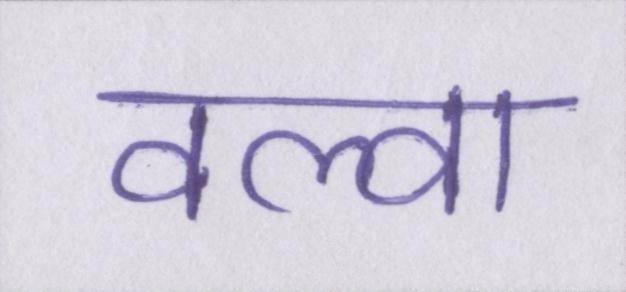
वल्वा